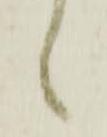
々